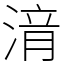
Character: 湇